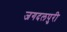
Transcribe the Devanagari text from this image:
जगदलपुरी